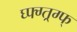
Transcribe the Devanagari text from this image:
घ्फ्ग्त्र्ग्फ्